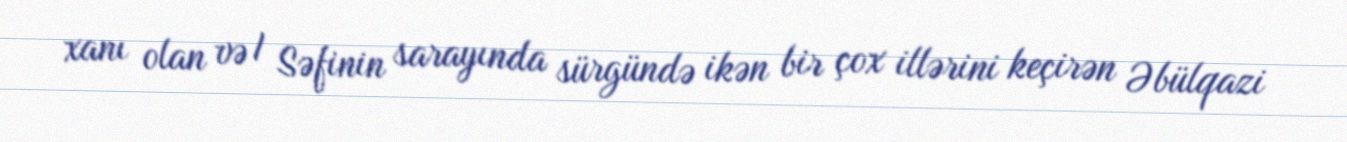
xanı olan və I Səfinin sarayında sürgündə ikən bir çox illərini keçirən Əbülqazi